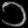
Digit: ၁